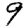
Digit: 9